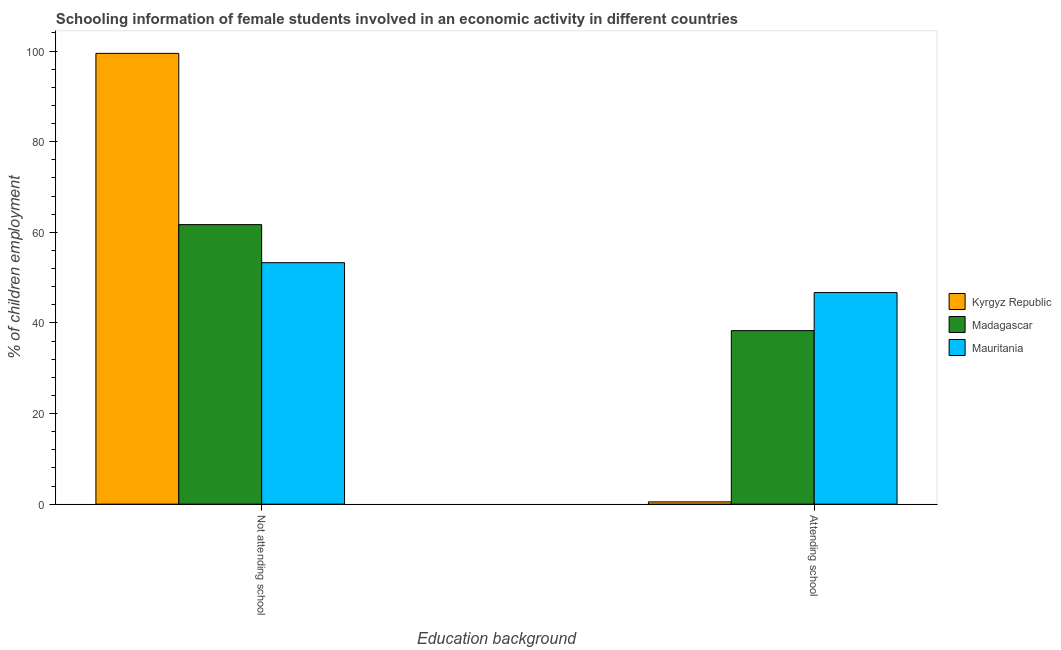
| Education background | Kyrgyz Republic | Madagascar | Mauritania |
 | --- | --- | --- | --- |
 | Not attending school | 99.5 | 61.7 | 53.3 |
 | Attending school | 0.5 | 38.3 | 46.7 |